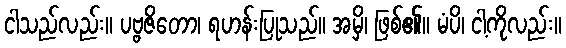
ငါသည်လည်း။ ပဗ္ဗဇိတော၊ ရဟန်းပြုသည်။ အမှိ၊ ဖြစ်၏။ မံပိ၊ ငါ့ကိုလည်း။